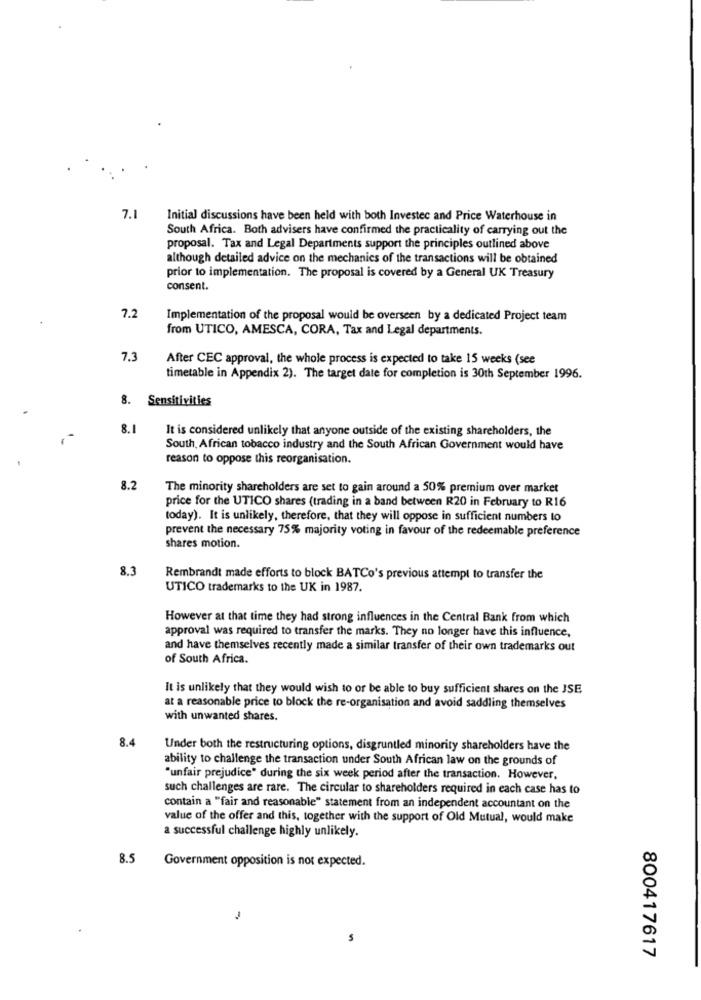
7.1
Initial discussions have been held with both Investec and Price Waterhouse in
South Africa. Both advisers have confirmed the practicality of carrying out the
proposal. Tax and Legal Departments support the principles outlined above
although detailed advice on the mechanics of the transactions will be obtained
prior to implementation. The proposal is covered by a General UK Treasury
consent.
7.2
Implementation of the proposal would be overseen by a dedicated Project team
from UTICO, AMESCA, CORA, Tax and Legal departments.
7.3
After CEC approval, the whole process is expected to take 15 weeks (see
timetable in Appendix 2). The target date for completion is 30th September 1996.
8. Sensitivities
8.1
It is considered unlikely that anyone outside of the existing shareholders, the
South African tobacco industry and the South African Government would have
reason to oppose this reorganisation.
8.2
The minority shareholders are set to gain around a 50% premium over market
price for the UTICO shares (trading in a band between R20 in February to R16
today). It is unlikely, therefore, that they will oppose in sufficient numbers to
prevent the necessary 75% majority voting in favour of the redeemable preference
shares motion.
8.3
Rembrandt made efforts to block BATCo's previous attempt to transfer the
UTICO trademarks to the UK in 1987.
However at that time they had strong influences in the Central Bank from which
approval was required to transfer the marks. They no longer have this influence,
and have themselves recently made a similar transfer of their own trademarks out
of South Africa.
It is unlikely that they would wish to or be able to buy sufficient shares on the JSE
at a reasonable price to block the re-organisation and avoid saddling themselves
with unwanted shares.
8.4
Under both the restructuring options, disgruntled minority shareholders have the
ability to challenge the transaction under South African law on the grounds of
"unfair prejudice" during the six week period after the transaction. However,
such challenges are rare. The circular to shareholders required in each case has to
contain a "fair and reasonable" statement from an independent accountant on the
value of the offer and this, together with the support of Old Mutual, would make
a successful challenge highly unlikely.
8.5
Government opposition is not expected.
800417617